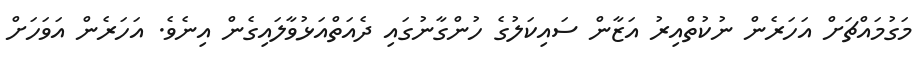
މަގުމައްޗަށް އަހަރެން ނުކުތްއިރު އަޒާން ސައިކަލުގެ ހުންގާނުގައި ދެއަތްއަޅުވާލައިގެން އިނެވެ. އަހަރެން އަވަހަށް